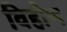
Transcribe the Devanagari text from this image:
विहीण